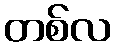
တစ်လ